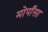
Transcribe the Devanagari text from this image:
मोपाँसा